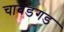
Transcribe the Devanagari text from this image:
चावंडगड